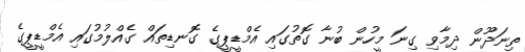
ތިނަދޫން ދިމާވި ގިނަ މީހުން ބުނާ ގޮތުގައި އެމްޑީޕީގެ ގޮނޑިތައް ގެއްލުމުގައި އެމްޑީޕީގެ